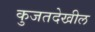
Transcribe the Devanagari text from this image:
कुजतदेखील